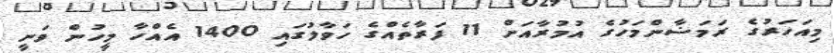
މިއަހަރުގެ ރަމަޟާންމަހުގެ އުމުރާއަށް 11 ފަރާތެއްގެ ހަވާލުގައި 1400 އެއްހާ މީހުން ވަނީ